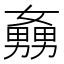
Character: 𡣡